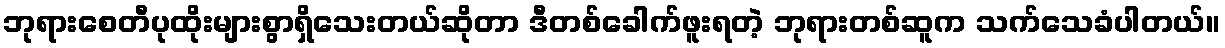
ဘုရားစေတီပုထိုးများစွာရှိသေးတယ်ဆိုတာ ဒီတစ်ခေါက်ဖူးရတဲ့ ဘုရားတစ်ဆူက သက်သေခံပါတယ်။